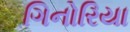
ગિનોરિયા